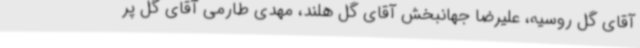
آقای گل روسیه، علیرضا جهانبخش آقای گل هلند، مهدی طارمی آقای گل پر